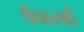
ઉધારથી